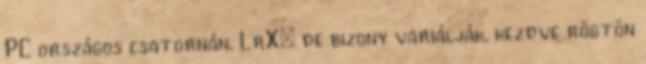
PC országos csatornán. LrX: de bizony variálják, kezdve rögtön